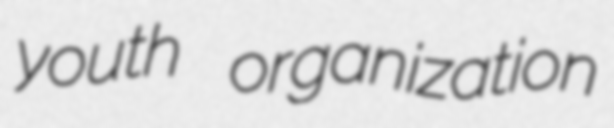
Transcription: youth organization